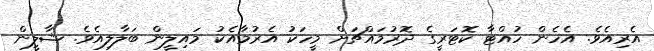
އެރިއެވެ. އެހެން ހުއްޓާ ކޮޓަރީގެ ދޮރުމައްޗަށް މީހަކު އެރުމާއެކު މައިލީން ބަލާލިއެވެ. ޝާލީން